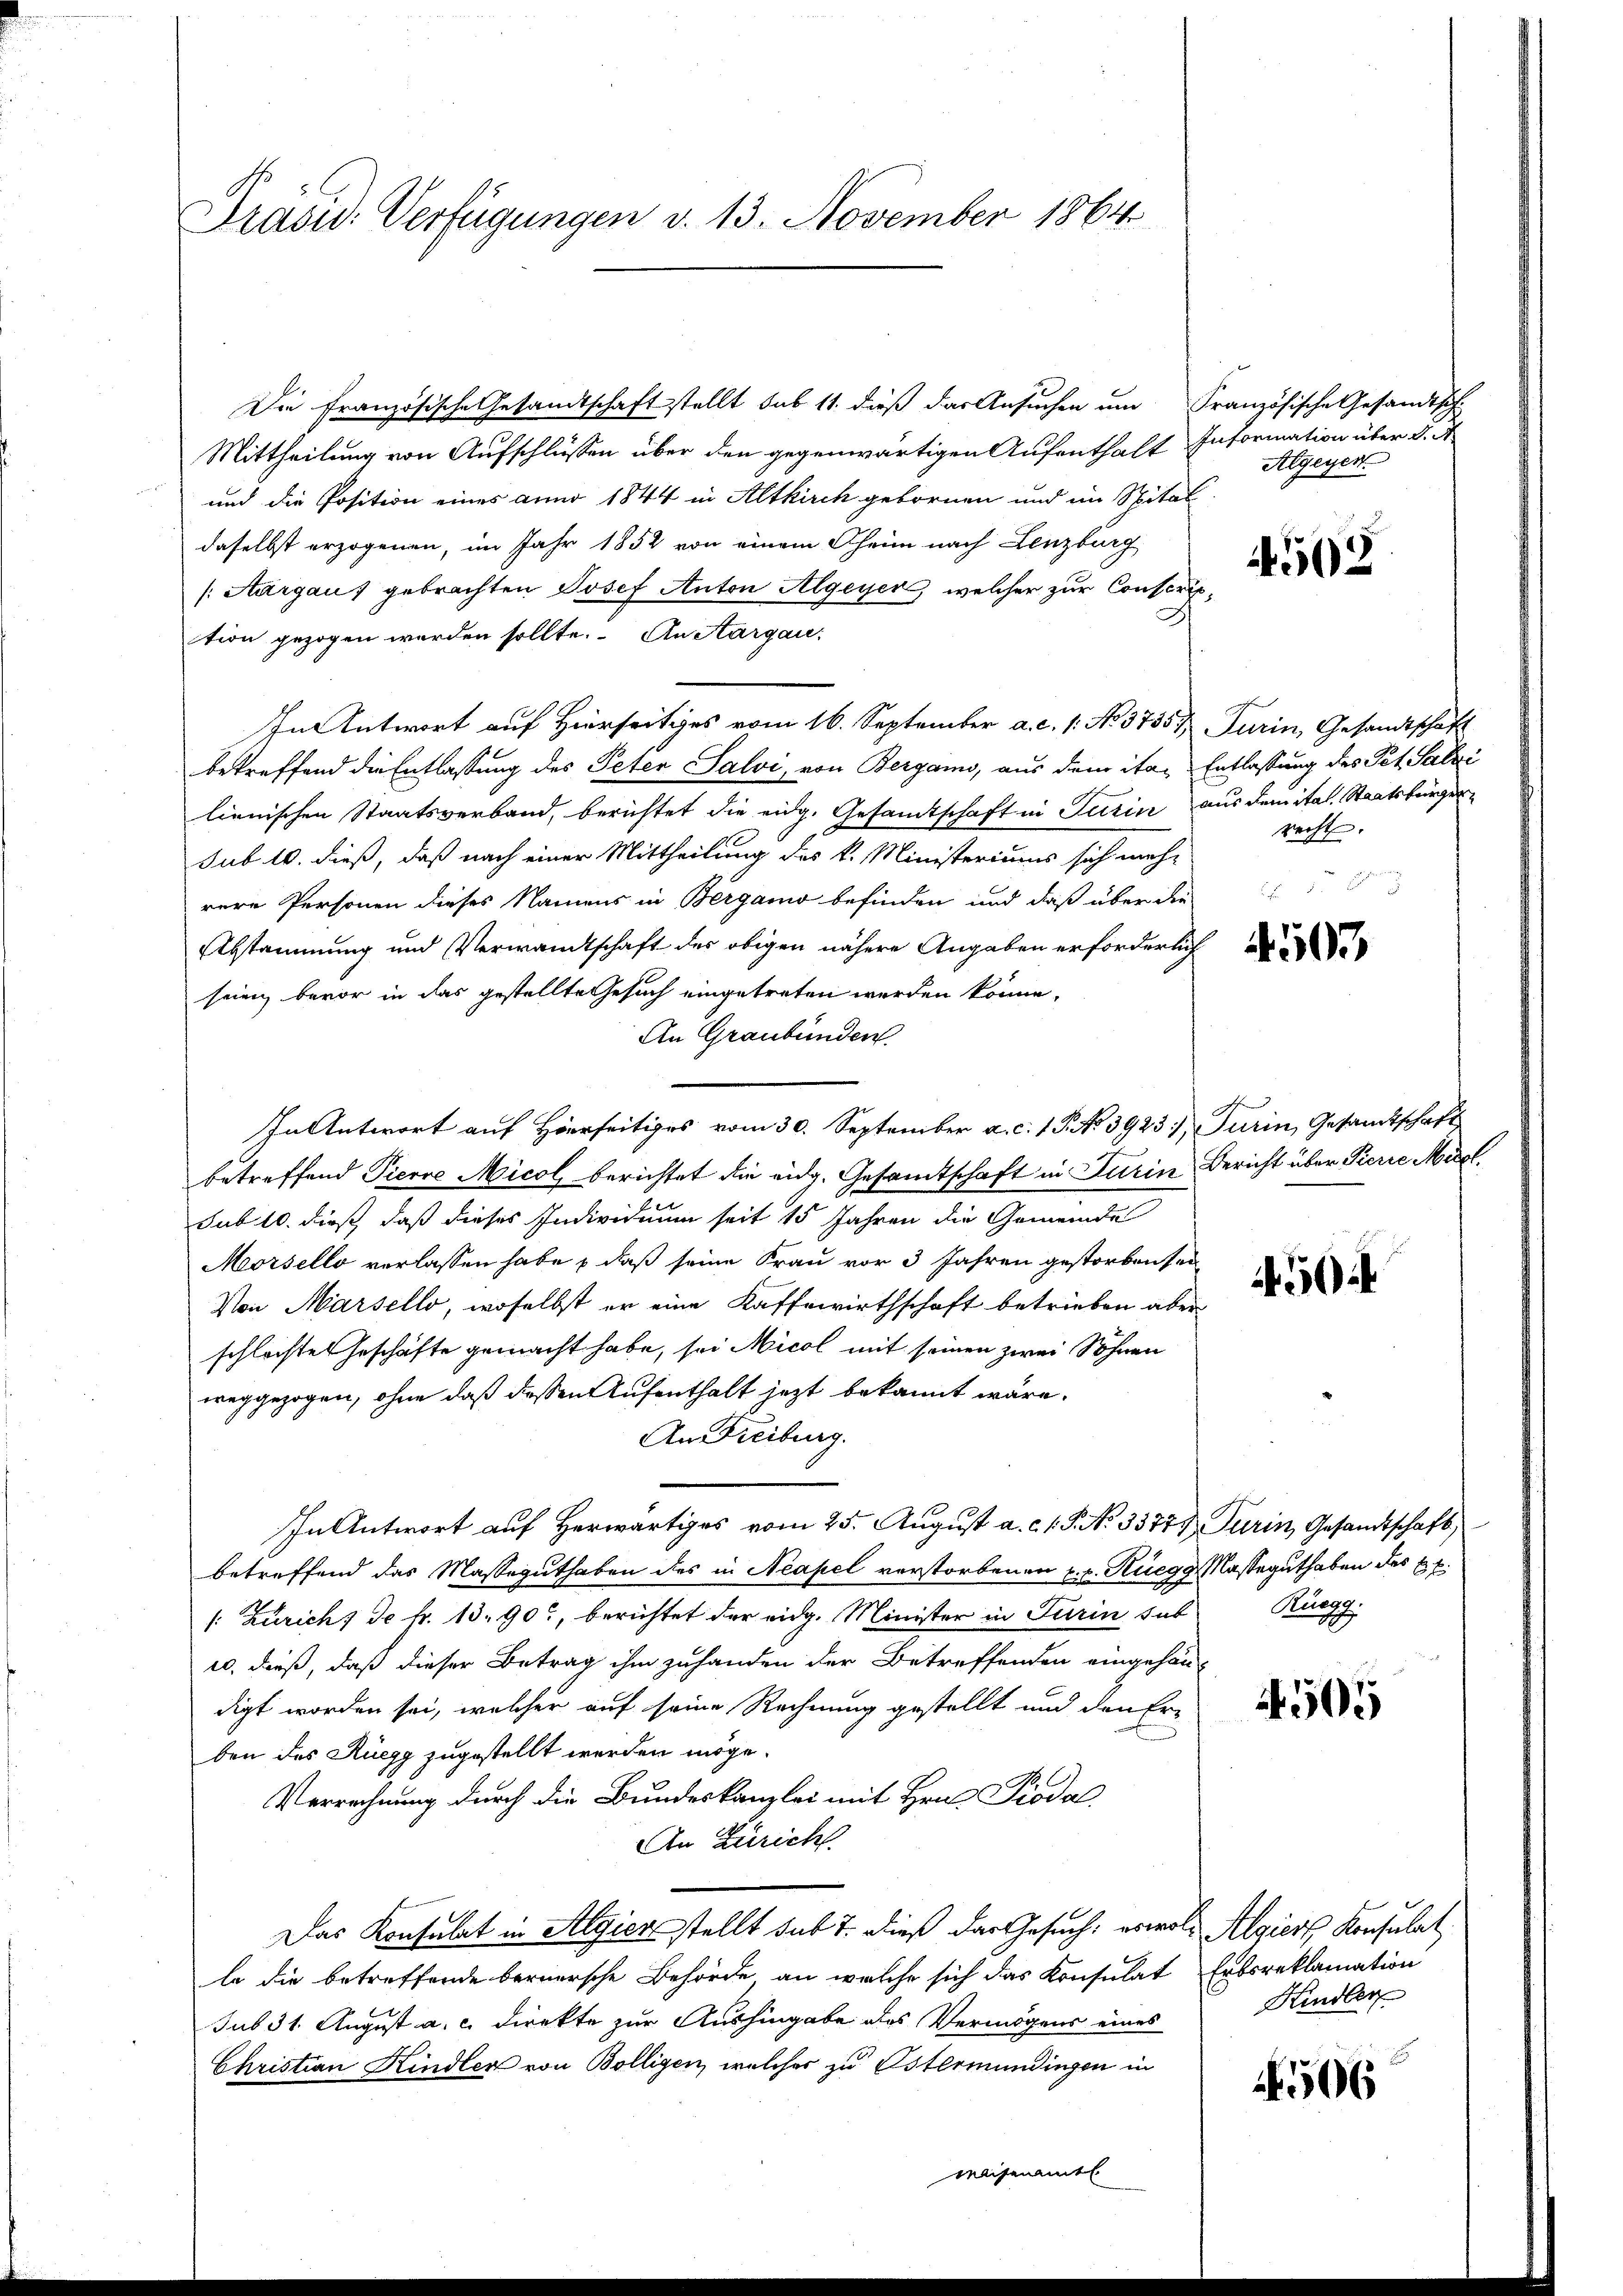
Präsid. Verfügungen d. 13. November 1864

Die Französische Gesandtschaft stellt sub 11. dieß das Ansuchen um Französische Gesandtsch-
Mittheilung von Aufschlüssen über den gegenwärtigen Aufenthalt Information über §. 4
und die Position eines anno 1844 in Altkirch gebornen und im Spital
daselbst erzogenen, im Jahr 1852 von einem Theim nach Lenzburg
(Aargau, gebrachten Josef Anton Algeyer, welcher zur Conscription gezogen werden sollte. An Aargau,
In Antwort auf Hierseitiges vom 16. September a. c. 1. No. 3755/ Turin, Gesandtschaft
betreffend die Entlassung des Peter Salvi, von Bergano, aus dem ita- Entlassung des Pet. Salzi
lienischen Staatsverband, berichtet die eidg. Gesandtschaft in Turin aus dem ital. Staatsbürgersub. 10. dieß, daß nach einer Mittheilung des k. Ministeriums sich mehr
rere Personen dieses Namens in Bergamo befinden und daß über die
Abstammung und Verwandtschaft des obigen nähere Angaben erforderlich
seien bevor in das gestellte Gesuch eingetreten werden könne.
An Graubünden.
In Antwort auf Hierseitiges vom 30. September a. c. 1 P. No 39237, Turin, Gesandtschaft
betreffend Pierre Micol berichtet die eidg. Gesamtschaft in Turin Bericht über Pierre Miet
sub. 10. dieß, daß dieses Individuum seit 15 Jahren die Gemeinde
Morsello verlassen habe, daß seine Frau vor 3 Jahren gestorben sei
Von Marsello, woselbst er eine Kaffewirthschaft betrieben aber
schlechtes Geschäfte gemacht habe, sei Nicol mit seinen zwei Söhnen
weggezogen, ohne daß dessen Aufenthalt jezt bekannt wäre.
An Freiburg.
In Antwort auf Herwärtiges vom 25. August a. c. 1. P. No. 33774 Turin, Gesandtschaft,
betreffend das Masseguthaben des in Neapel verstorbenen u. v. Ruegg, Masseguthaben des E. E.
1: Zürich, de fr. 13. 90, berichtet der eidg. Minister in Turin sub
10. dieß, daß dieser Betrag ihm zuhanden der Betreffenden eingehän-
digt worden sei, welcher auf seine Rechnung gestellt und den Er-
ben des Rüegg zugestellt werden möge.
Verrechnung durch die Bundeskanzlei mit Hrn. Pioda
An Zürich.
Das Konsulat in Algiersstellt sub 7. dieß das Gesuch, es wol Algiers Konsulat
le die betreffende bernersche Behörde an welche sich das Konsulat Erbsreklamation
sub 31. August a. c. direkte zur Aushingabe des Vermögens eines
Christian Kindler von Bolligen, welches zu Ostermündingen in
weisenamtl

Algegen

44568

recht.

2

0

Rüegg

505

Kindler

506